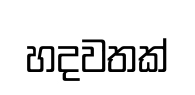
හදවතක්